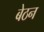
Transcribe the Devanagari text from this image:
बेठन